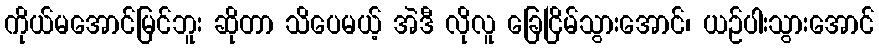
ကိုယ်မအောင်မြင်ဘူး ဆိုတာ သိပေမယ့် အဲဒီ လိုလူ ခြေငြိမ်သွားအောင်၊ ယဉ်ပါးသွားအောင်